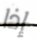
إذا